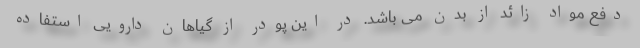
دفع مواد زائد از بدن می باشد. در این پودر از گیاهان دارویی استفاده